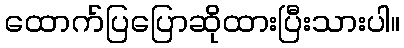
ထောက်ပြပြောဆိုထားပြီးသားပါ။